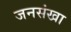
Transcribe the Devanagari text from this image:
जनसंखा